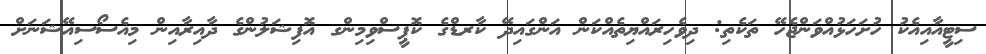
ސިޓީއާއިއެކު ހުށަހަޅުއްވަންޖެހޭ ތަކެތި: ދިވެހިރައްޔިތެއްކަން އަންގައިދޭ ކާރޑްގެ ކޮޕީސްވިމިންގ އޮފިޝަލުންގެ ދާއިރާއިން މިއެސޯސިއޭޝަނަށް